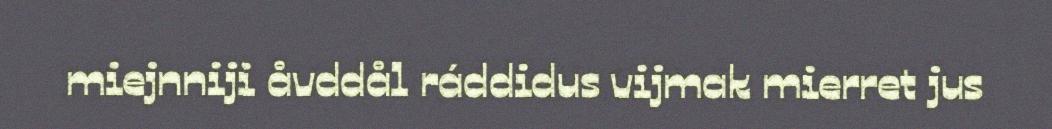
miejnniji åvddål ráddidus vijmak mierret jus